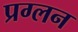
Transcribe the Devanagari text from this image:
प्रग्लन